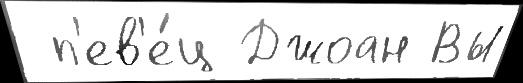
 п'ев'е́ц Джоан Вы